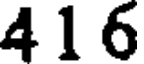
416